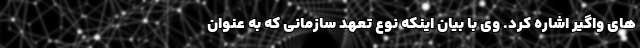
های واگیر اشاره کرد. وی با بیان اینکه نوع تعهد سازمانی که به عنوان